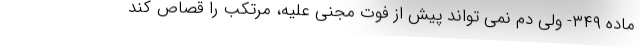
ماده ۳۴۹- ولی دم نمی تواند پیش از فوت مجنی علیه، مرتکب را قصاص کند